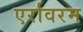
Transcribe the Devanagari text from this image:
एर्रावरम